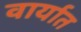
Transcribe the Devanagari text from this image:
वार्यात